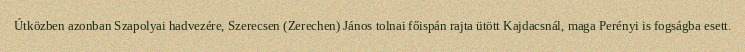
Útközben azonban Szapolyai hadvezére, Szerecsen (Zerechen) János tolnai főispán rajta ütött Kajdacsnál, maga Perényi is fogságba esett.